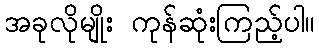
အခုလိုမျိုး ကုန်ဆုံးကြည့်ပါ။